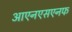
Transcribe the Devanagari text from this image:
आएनएसएनफ